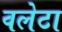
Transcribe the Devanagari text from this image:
वलेटा